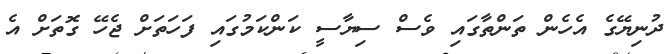
ދުނިޔޭގެ އެހެން ތަންތާގައި ވެސް ސިޔާސީ ކަންކަމުގައި ފަހަތަށް ޖެހޭ ގޮތަށް އެ